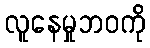
လူနေမှုဘဝကို